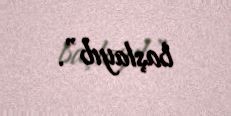
başlayıb”.